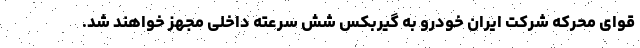
قوای محرکه شرکت ایران خودرو به گیربکس شش سرعته داخلی مجهز خواهند شد.